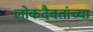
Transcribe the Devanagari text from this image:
लोकदैवतांच्या